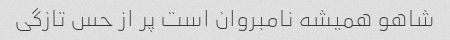
شاهو همیشه نامبروان است پر از حس تازگی